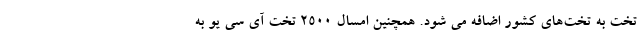
تخت به تخت‌های کشور اضافه می شود. همچنین امسال ۲۵۰۰ تخت آی سی یو به